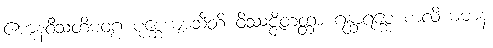
ဧကူနဝီသတိမဝဂ္ဂ ပုစ္ဆေယျာသီတိ ဝိဿဇ္ဇိတတ္တာ ဂန္ထာရမ္ဘေ စာလိယမာနံ